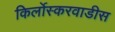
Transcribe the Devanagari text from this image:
किर्लोस्करवाडीस